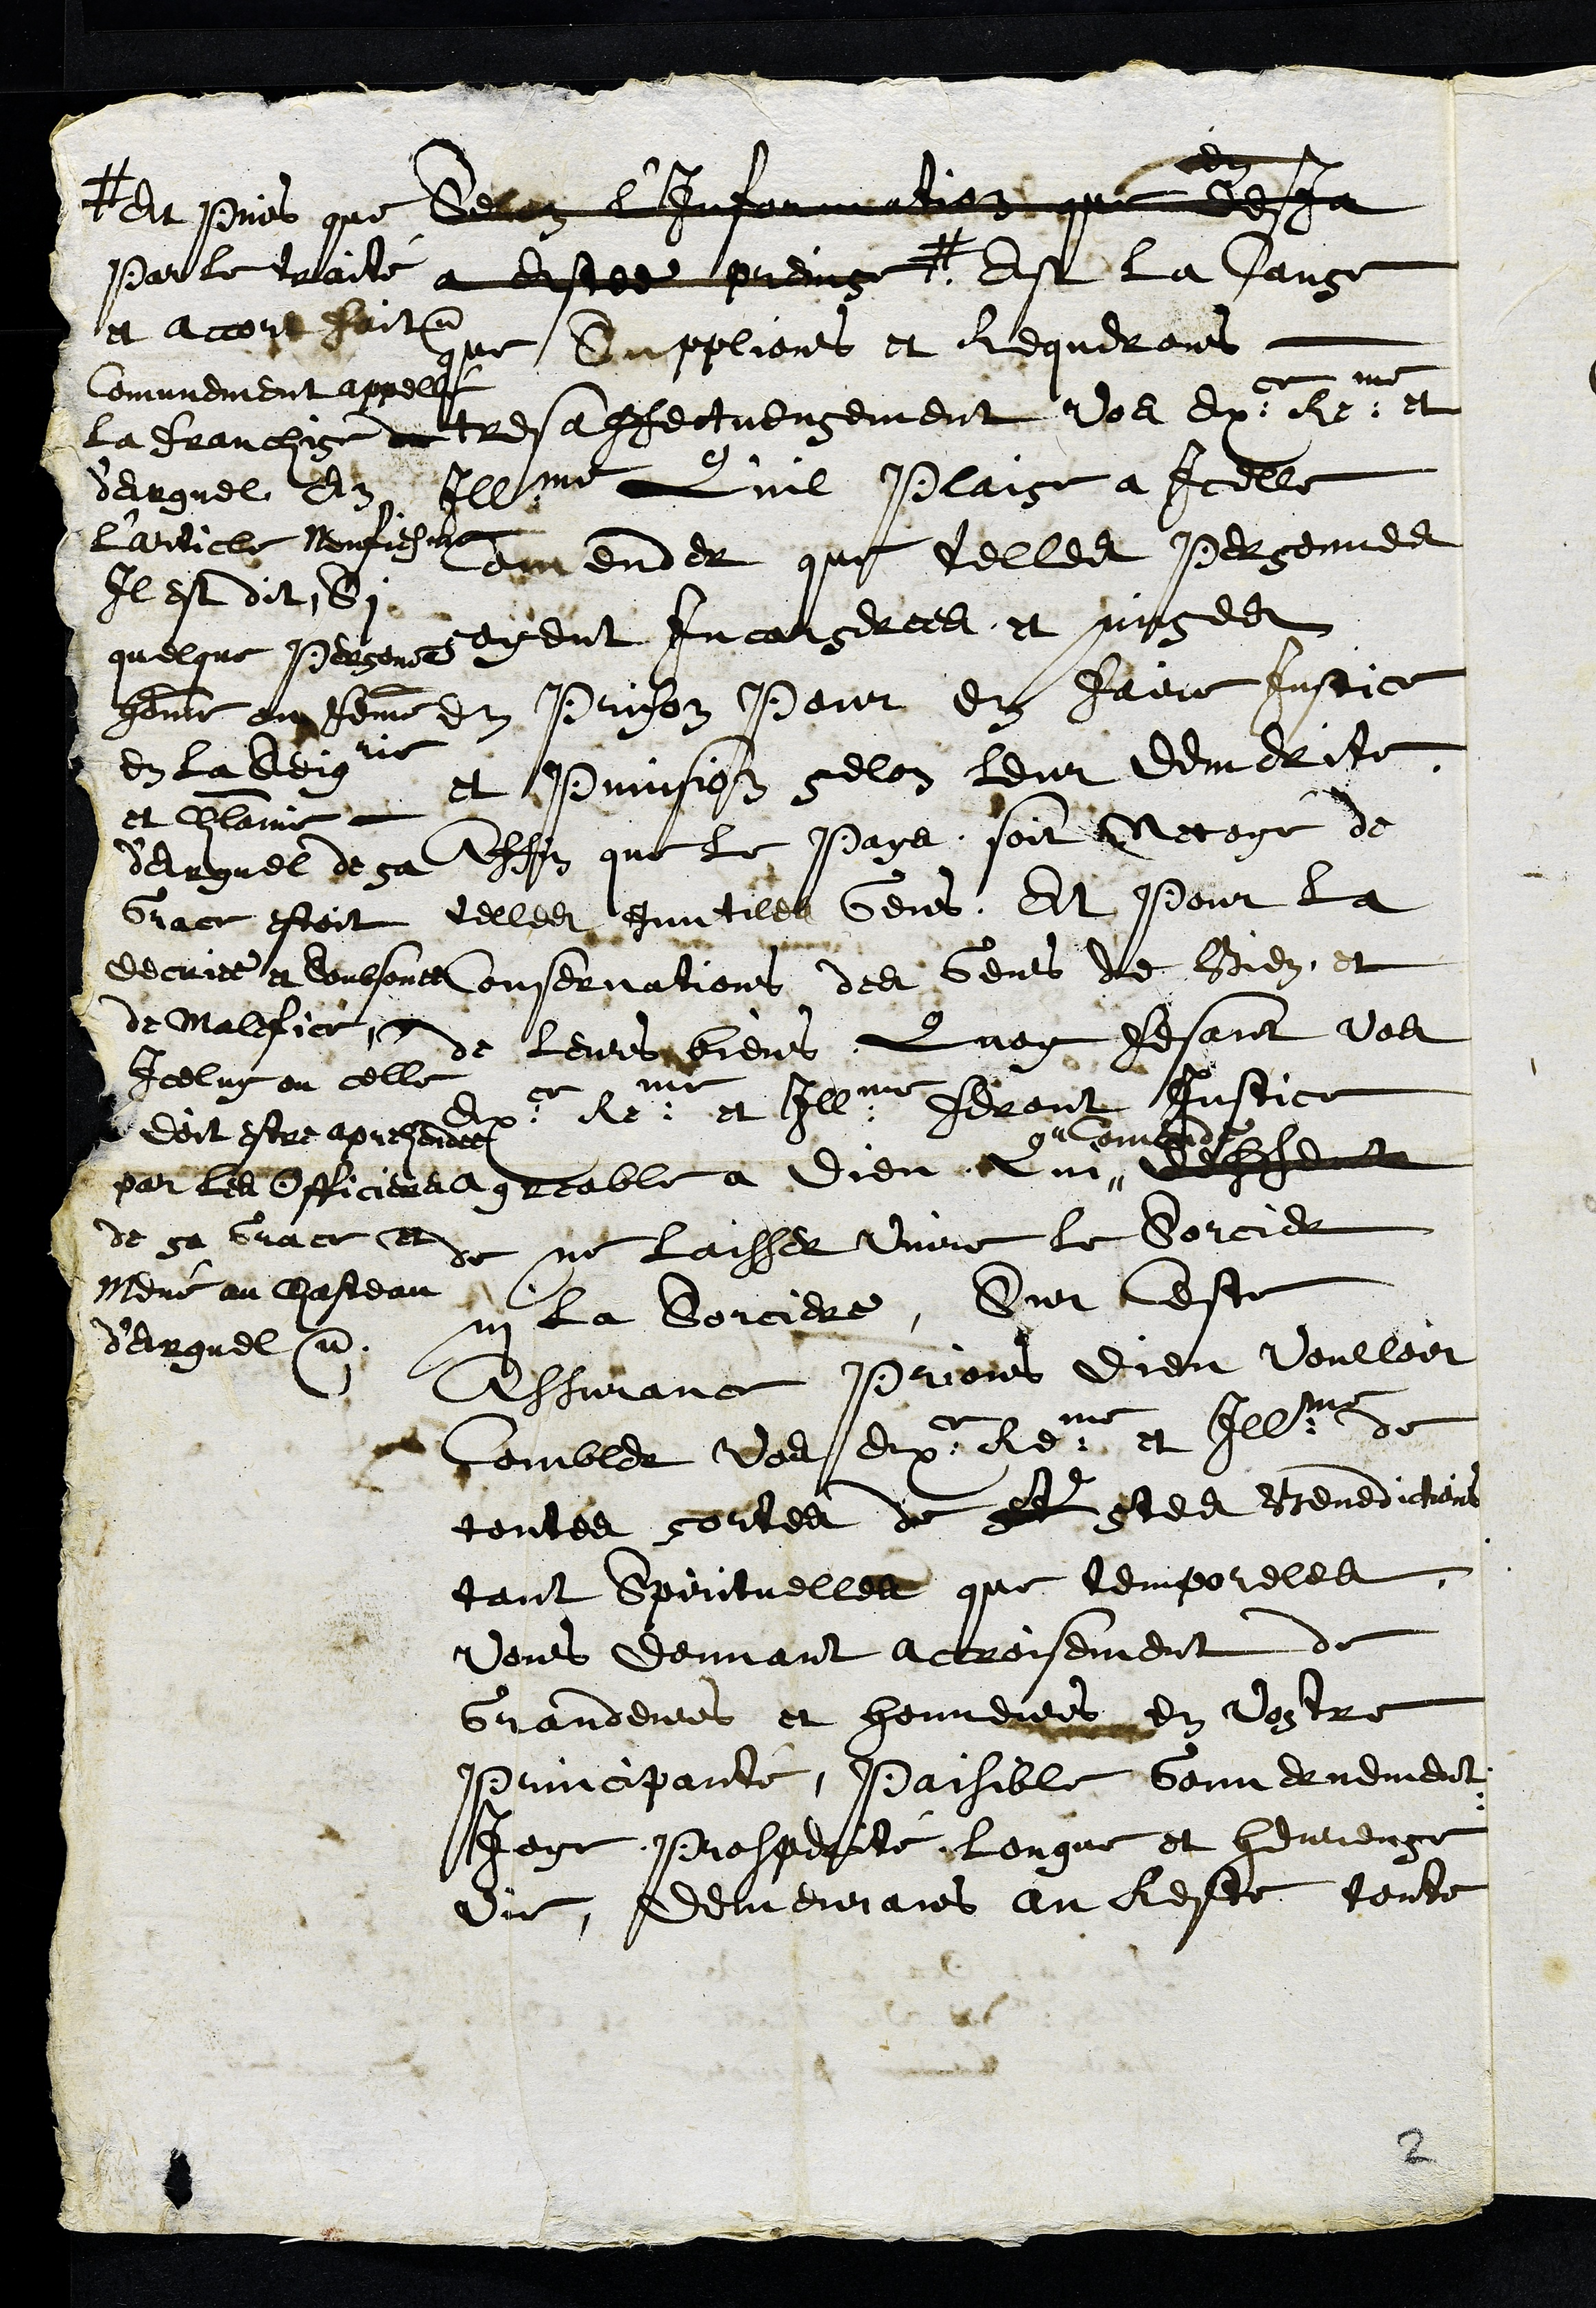
Selon l'Information que desja
a Estee preinse #
# et puis que
Par le traité
et accort fait et
Comunement appellé
la franchise
d'Erguel En
l'article Neufiesme
Il est dit Si
quelque Personne
homme ou femme
en la Seigrie
et chatelanie
d'Erguel de sa
Grace estoit
decriee et Soubsonee
de malefice
Iceluy ou celle
doit estre aprehendee
par les Officiers
de sa Grace et
Mené au chasteau
d'Erguel.
Est la Cause
que Supplions et Requerons
tres affectueusement Vos Exce Reme et
Illme Qu'il Plaise a Icelle
Comender que telles Personnes
soyent Incarserees et mises
en prison pour en faire Justice
et punision selon leur demerite.
Affin que le pays, soit netoyé de
telles Inutiles Gens, Et pour la
Conservations des Gens de Bien, et
de leurs biens, Quoy fesant vos
Exce Reme et Illme feront Justice
agreable a Dieu Qui
Comende
deffent
de ne laisser vivre le Sorcier
ny la Sorciere, Sur Ceste
Assurance prions Dieu voulloir
Combler vos Exce Reme et Illme de
toutes sortes de st saintes Benedictions
tant spirituelles que temporeles
vous donnant accroisement de
Grandeurs et honneurs en vostre
Principaute, Paisible Gouvernement
Joye Prosperité longue et heureuse
Vie, demeurans au Reste toute
2